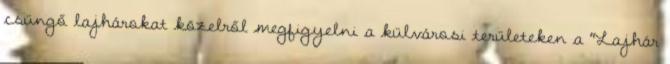
csüngő lajhárokat közelről megfigyelni a külvárosi területeken a "Lajhár